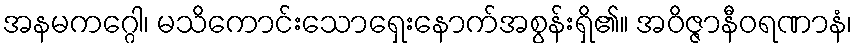
အနမကဂ္ဂေါ၊ မသိကောင်းသောရှေးနောက်အစွန်းရှိ၏။ အဝိဇ္ဇာနီဝရဏာနံ၊